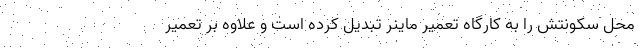
محل سکونتش را به کارگاه تعمیر ماینر تبدیل کرده است و علاوه بر تعمیر